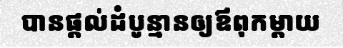
បានផ្តល់ដំបូន្មានឲ្យឪពុកម្តាយ